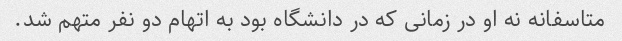
متاسفانه نه او در زمانی که در دانشگاه بود به اتهام دو نفر متهم شد.